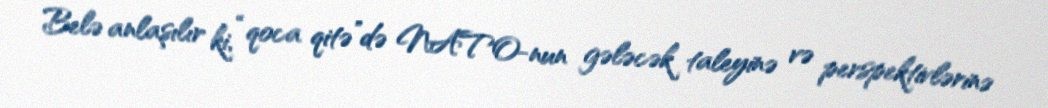
Belə anlaşılır ki, “qoca qitə”də NATO-nun gələcək taleyinə və perspektivlərinə